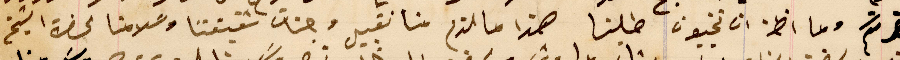
لحضرتكم وما اظن ان تخيبون طلبنا هذا ما لزم منا تقبيل وجنات شقيقتنا وسَلامنا لحضرة الشيخ